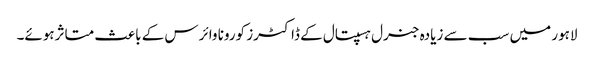
لاہور میں سب سے زیادہ جنرل ہسپتال کے ڈاکٹرز کورونا وائرس کے باعث متاثرہوئے۔